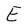
Character: E